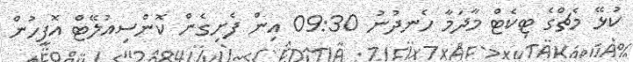
ކުޅޭ މެޗްގެ ޓިކެޓް މާދަމާ ހެނދުނު 09:30 އިން ފެށިގެން ކޮންސިއުލޭޓް އޮފީހުން